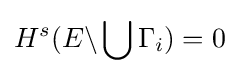
H^{s}(E\backslash \bigcup \Gamma _{i})=0